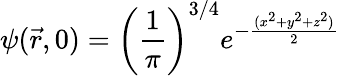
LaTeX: \psi(\vec{r},0)=\left(\frac{1}{\pi}\right)^{3/4}e^{-\frac{(x^{2}+y^{2}+z^{2})}{2}}